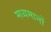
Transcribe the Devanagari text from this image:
मध्यमानों